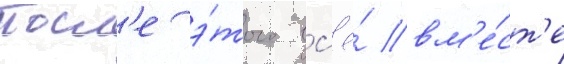
Посл'е э́того вс'ё́ вм'е́ст'е